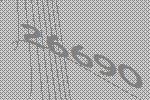
26690